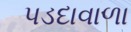
પડદાવાળા